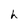
Character: h